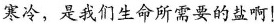
寒冷，是我们生命所需要的盐啊！